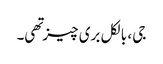
جی ، بالکل بری چیز تهی۔